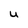
Character: U